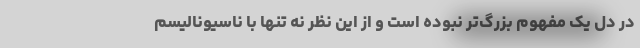
در دل یک مفهوم بزرگ‌تر نبوده است و از این نظر نه تنها با ناسیونالیسم